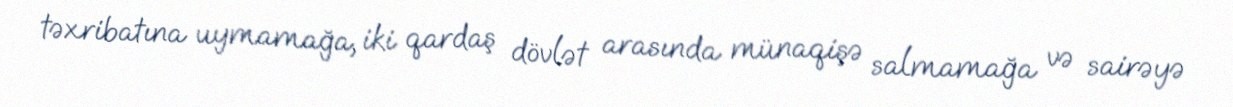
təxribatına uymamağa, iki qardaş dövlət arasında münaqişə salmamağa və sairəyə